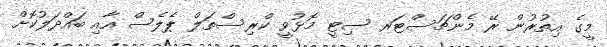
މީގެ އިތުރުން ރޭ މެންޗަސްޓަރ ސިޓީ މޮޅުވީ ކްރިސްތަލް ޕެލެސް އާއި ބައްދަލުކޮށް